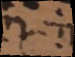
et λ